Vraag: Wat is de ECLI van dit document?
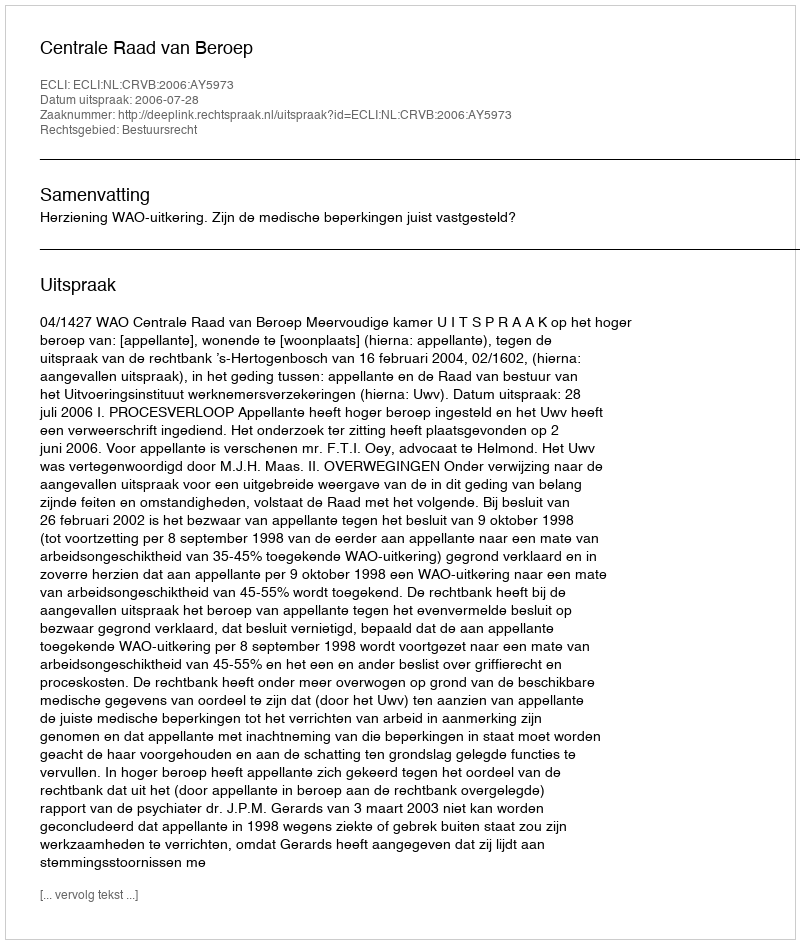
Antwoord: ECLI:NL:CRVB:2006:AY5973